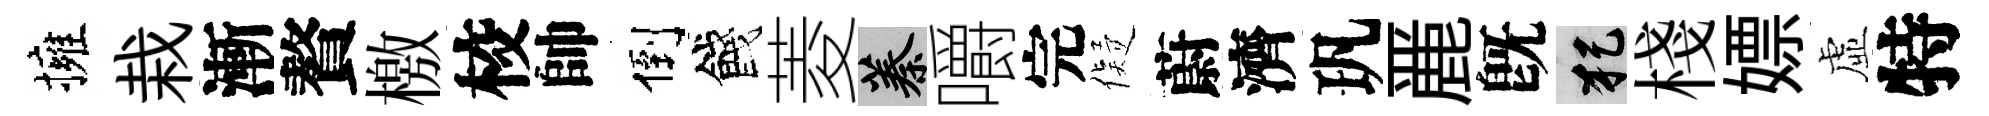
擁栽漸贅檄校帥倒餞菱蓁嚼完儗蔚濟㺬䴡旣犯棧嫖虛特